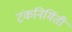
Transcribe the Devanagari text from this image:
टंकनिर्मिती